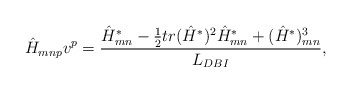
\begin{align*}\hat H_{mnp}v^p={{\hat H^*_{mn}-{1\over 2}tr(\hat H^*)^2\hat H^*_{mn}+(\hat H^*)^3_{mn}}\over{L_{DBI}}},\end{align*}